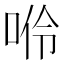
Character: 𠴒